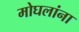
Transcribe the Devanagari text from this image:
मोघलांना